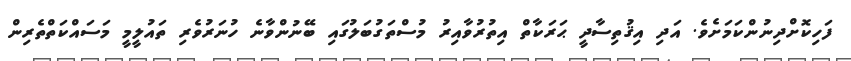
ފަހިކޮށްދިނުންކަމަށެވެ. އަދި އިޤުތިސާދީ ޙަރަކާތް އިތުރުވާއިރު މުސްތަގުބަލުގައި ބޭނުންވާނެ ހުނަރުވެރި ތައުލީމީ މަސައްކަތްތެރިން